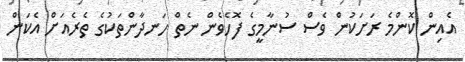
އެއިން ކޮންމެ ރަށަކުން ވެސް ސުނާމީގެ ފޮހެވެން ނެތް ހަނދާންތަކުގެ ތެރެއަށް އެކަން